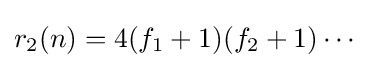
r_{2}(n)=4(f_{1}+1)(f_{2}+1)\cdots